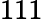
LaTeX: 111